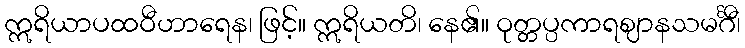
ဣရိယာပထဝီဟာရေန၊ ဖြင့်။ ဣရိယတိ၊ နေ၏။ ဝုတ္တပ္ပကာရဈာနသမင်္ဂီ၊